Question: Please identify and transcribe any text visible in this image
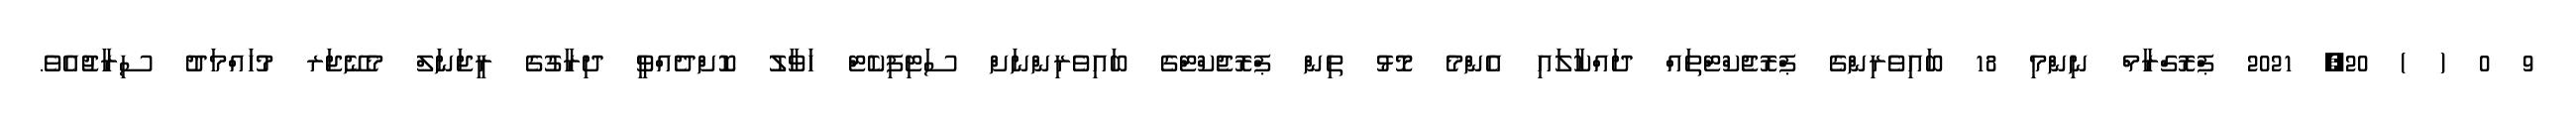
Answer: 9 0 ( ) 20, 2021 ޕްރޮގްރާމް ނިންމި 18 ބައިވެރިންގެ ޕްރޮޖެކްޓްތައް ދައްކާލައި އެންމެ މޮޅު ތިން ޕްރޮޖެކްޓްގެ ބައިވެރިންނަށް ސަޓިފިކެޓް ހަވާލު ކޮށްދެއްވީ ދިރާގުގެ ރީޖަނަލް މެނޭޖަރ މުހައްމަދު ސިރާޖުއެވެ.